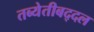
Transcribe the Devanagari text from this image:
तब्येतीबद्दल